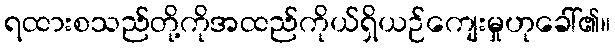
ရထားစသည်တို့ကိုအထည်ကိုယ်ရှိယဉ်ကျေးမှုဟုခေါ်၏။